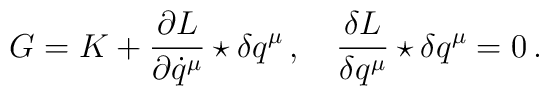
G=K+\frac{\partial L}{\partial \dot{q}^{\mu}}\star\delta q^{\mu}\,,\quad\frac{\delta L}{\delta q^{\mu}}\star\delta q^{\mu}=0\,.